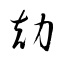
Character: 勀